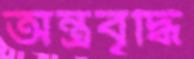
অন্ত্রবৃদ্ধি